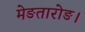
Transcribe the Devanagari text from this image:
मेङतारोङ।